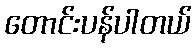
တောင်းပန်ပါတယ်